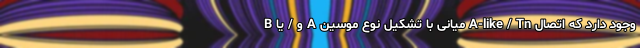
وجود دارد که اتصال A-like / Tn میانی با تشکیل نوع موسین A و / یا B